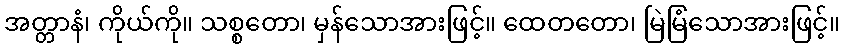
အတ္တာနံ၊ ကိုယ်ကို။ သစ္စတော၊ မှန်သောအားဖြင့်။ ထေတတော၊ မြဲမြံသောအားဖြင့်။